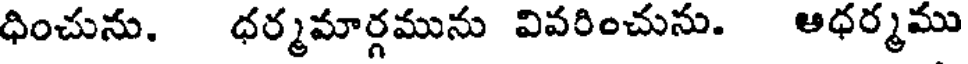
ధించును. ధర్మమార్గమును వివరించును. అధర్మము